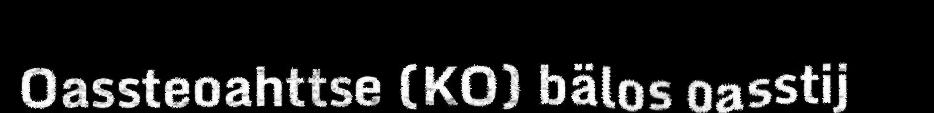
Oassteoahttse (KO) bälos oasstij